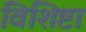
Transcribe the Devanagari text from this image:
विशिष्टा